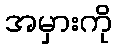
အမှားကို